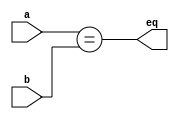
module equal ( a, b, eq );
    input wire [31:0] a;  
    input wire [31:0] b;
    output wire eq ;       
    assign eq = (a == b);

endmodule